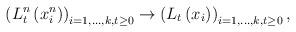
LaTeX: \begin{align*}\left(L^n_t\left(x_i^n\right)\right)_{i=1,\dots, k, t\geq 0}\rightarrow \left(L_t\left(x_i\right)\right)_{i=1,\dots, k, t\geq 0},\end{align*}